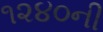
૧૨૪૦ની